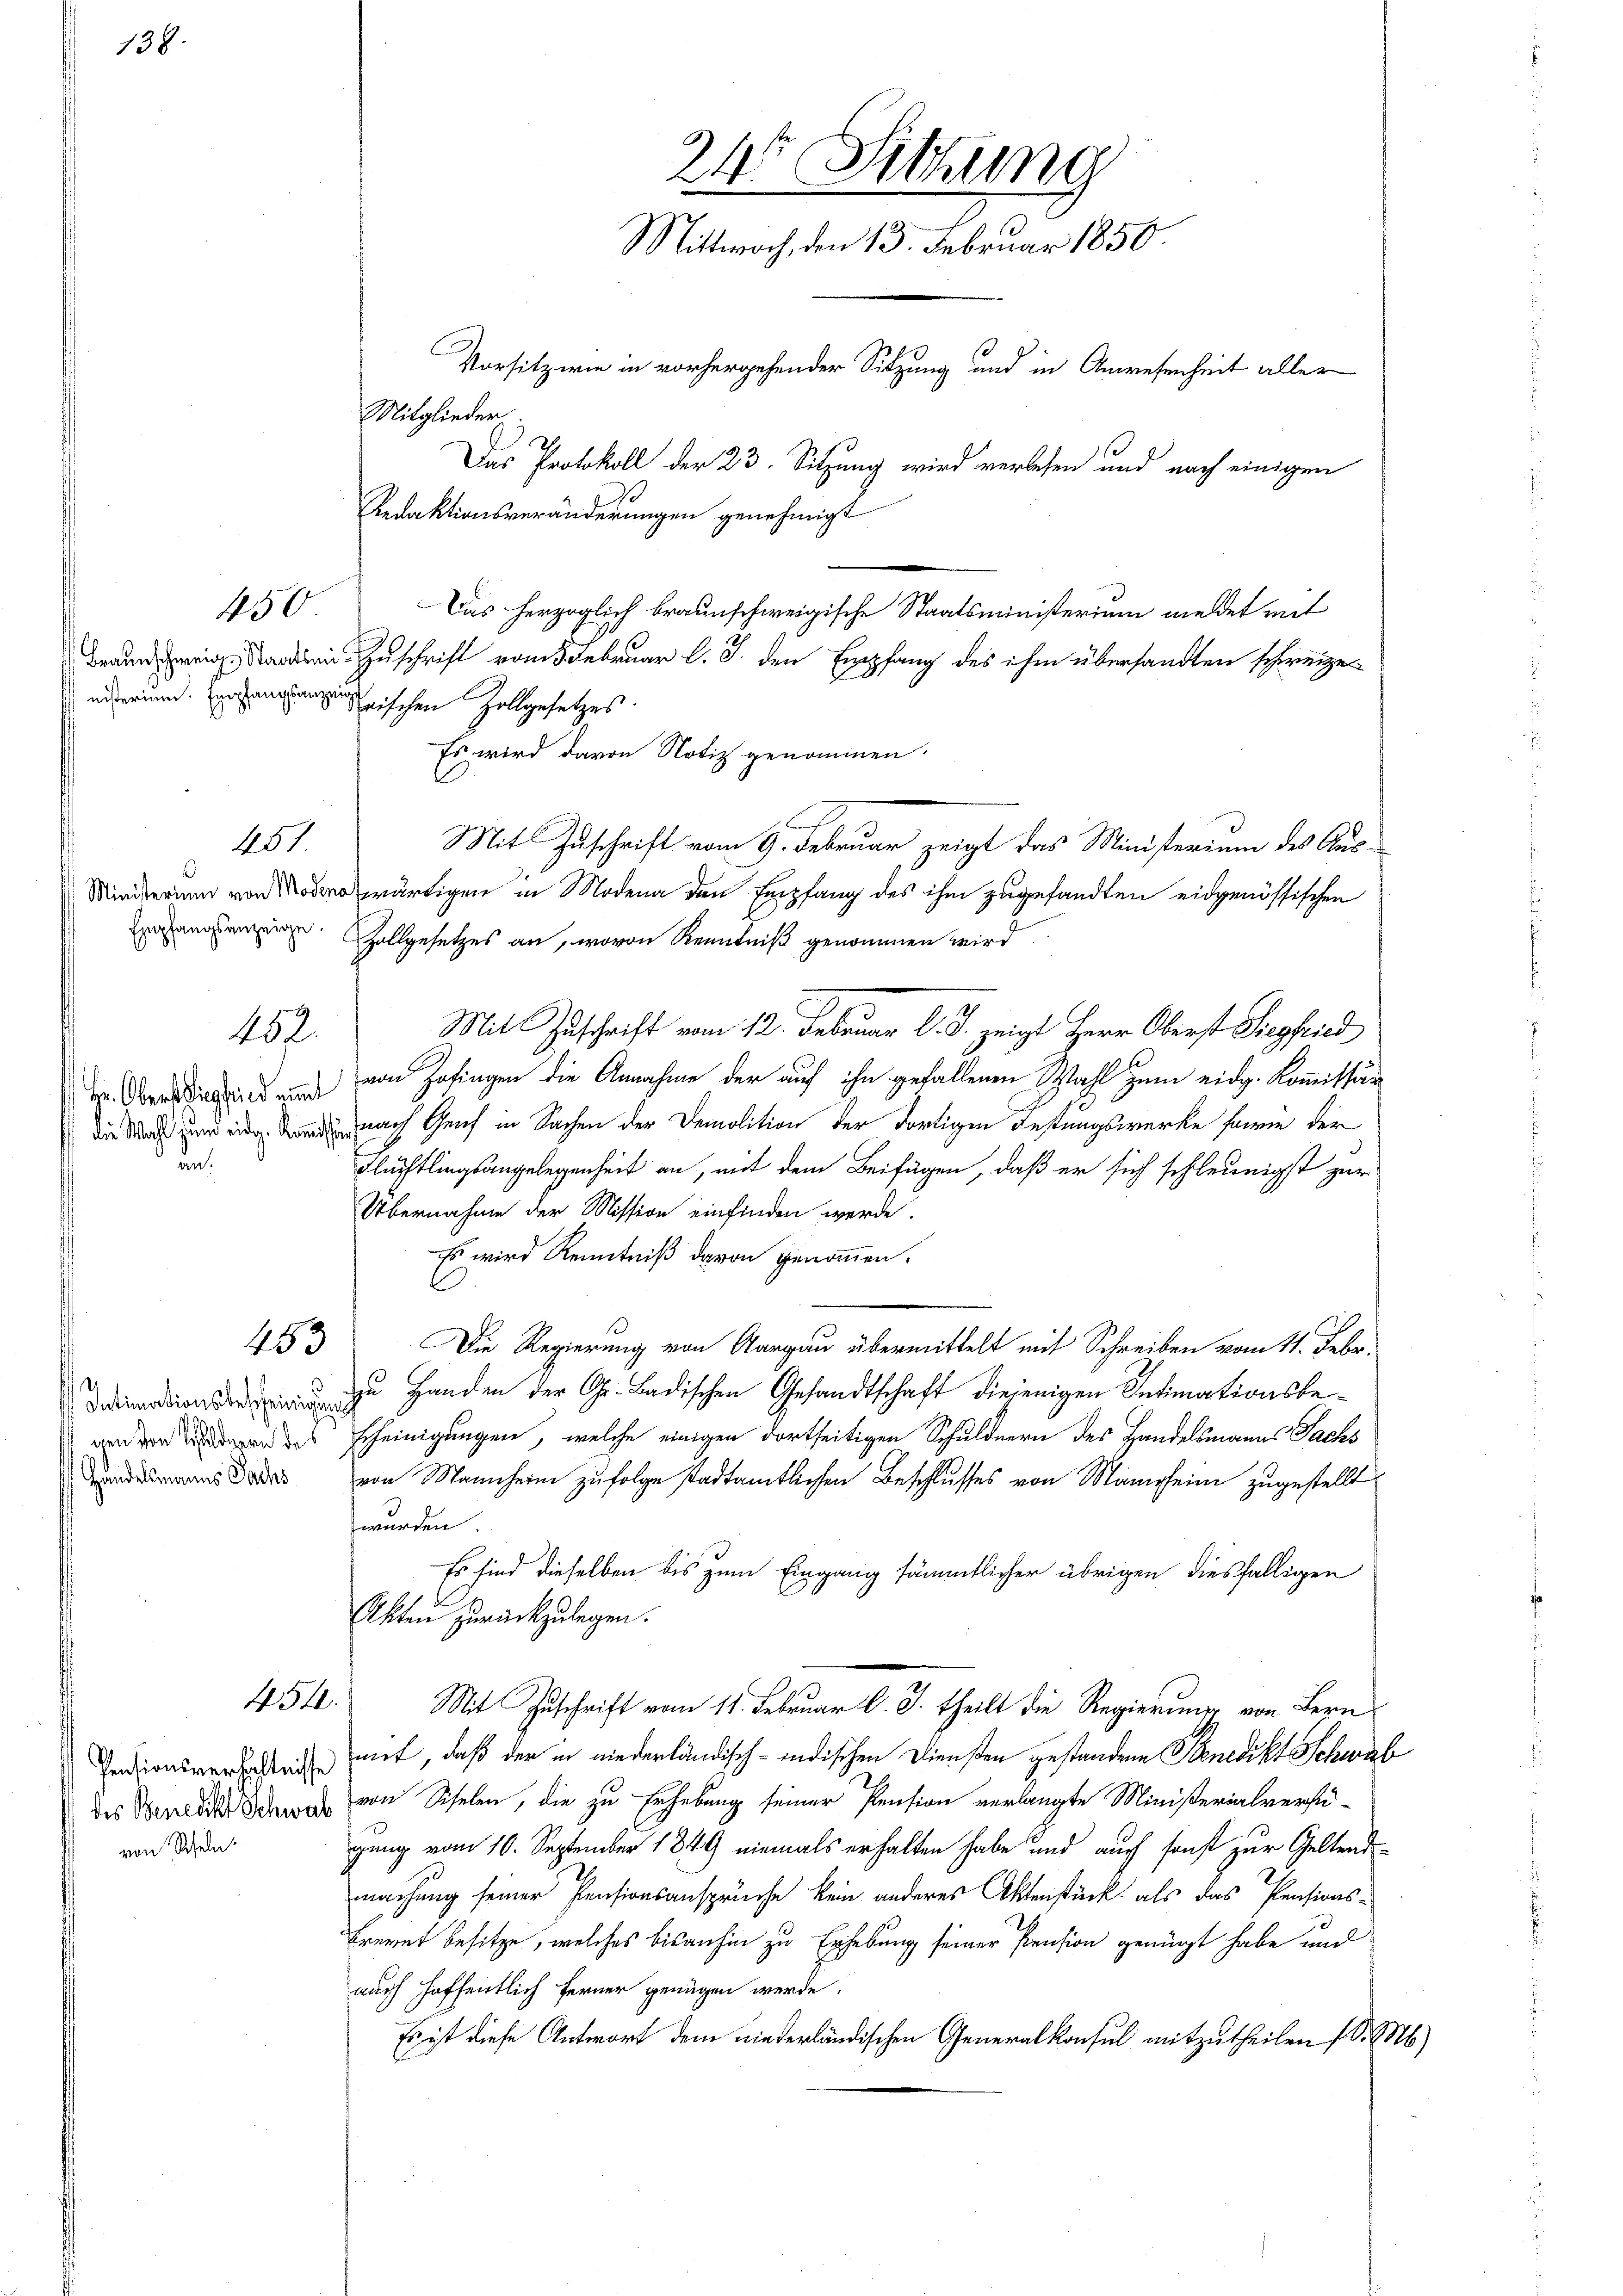
138.

450

451.

452.

Hr. Oberschlug sind nimmt
den.

453

gen von Schuldnern des
Handelsmanns Sachs

454.

von Scheln.

Mitglieder.
Das herzoglich braunschweigische Staatsministerium meldet mit
Braun in den Zuschrift vom 5. Februar l. J. den Empfang des ihm übersandten schweizeerischen Zollgesetzes
Es wird davon Notiz genommen.
Mit Zuschrift vom 9. Februar zeigt das Ministerium des Auswärtigen in Modena den Empfang des ihm zugesandten eidgenössischen
ananen Zollgesetzes an, wovon Kenntniß genommen wird
Mit Zuschrift vom 12. Februar l. J. zeigt Herr Oberst Siegfried
von Zofingen die Annahme der auf ihn gefallenen Wahl zum eidg. Kommissär
d nach Genf in Sachen der Demolition der dortigen Festungswerke sowie der
Flüchtlingsangelegenheit an, mit dem Beifügen, daß er sich schleunigst zur
Übernahme der Mission einfinden werde.
Es wird Kenntniß davon genommen.
Die Regierung von Aargau übermittelt mit Schreiben vom 11. Febr.
 zu Handen der Gr. Badischen Gesandtschaft diejenigen Intimationsbescheinigungen, welche einigen dortseitigen Schuldnern des Handelsmanns Sachs
von Mannheim zufolge stadtamtlichen Beschlusses von Mannheim zugestellt
wurden
Es sind dieselben bis zum Eingang sämmtlicher übrigen diesfälligen
Akten zurückzulegen.
Mit Zuschrift vom 11. Februar l. J. theilt die Regierung von Bern
Pensionsverorden mit, daß der in niederländisch-indischen Diensten gestandene Scenedikt Schwab
des Berlin von Schelen, die zu Erhebung seiner Pension verlangte Ministerialverfügung vom 10. September 1849 niemals erhalten habe und auch sonst zur Geltendmachung seiner Pensionsansprüche kein anderes Aktenstück als das Pensions-
Brevet besitze, welches bisanhin zu Erhebung seiner Pension genügt habe und
auch hoffentlich ferner genügen werde.
Es ist diese Antwort dem niederländischen Generalkonsul mitzutheilen (S. M.)

24ten Sitzung
Mittwoch, den 13. Februar 1850.
Vorsitz wie in vorhergehender Sitzung und in Anwesenheit aller
Das Protokoll der 23. Sitzung wird verlesen und nach einigen
Redaktionsveränderungen genehmigt